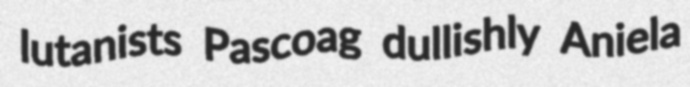
lutanists Pascoag dullishly Aniela